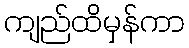
ကျည်ထိမှန်ကာ